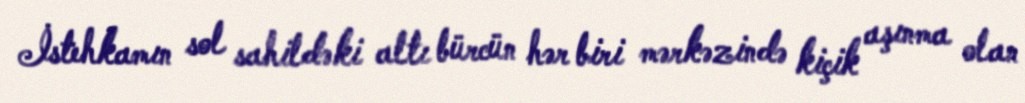
İstehkamın sol sahildəki altı bürcün hər biri mərkəzində kiçik aşınma olan